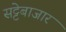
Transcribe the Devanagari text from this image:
सट्टेबाजार